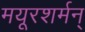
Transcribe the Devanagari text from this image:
मयूरशर्मन्